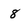
Character: 8